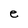
Character: e